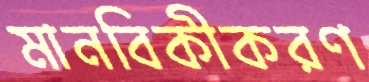
মানবিকীকরণ